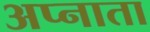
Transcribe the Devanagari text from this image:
अप्नाता